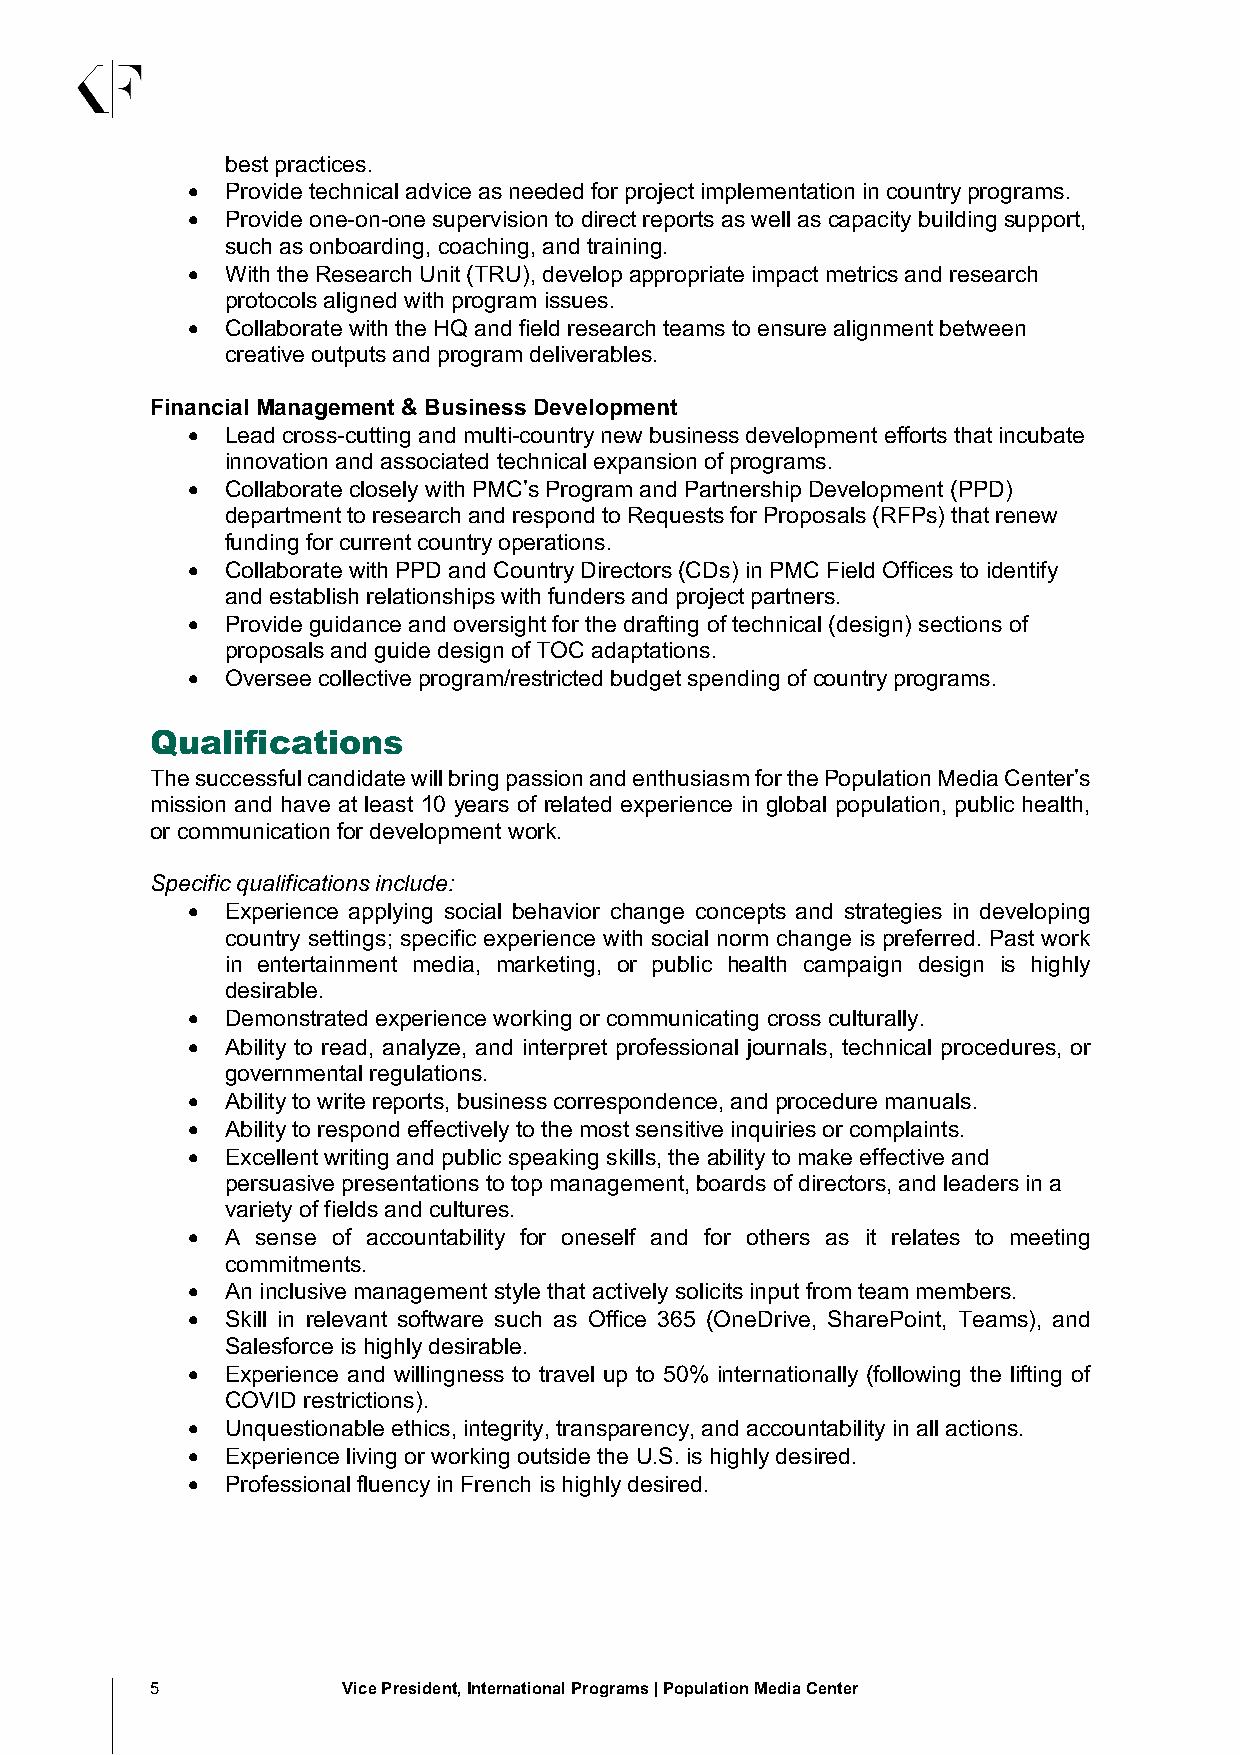
best practices.
 •  Provide technical advice as needed for project implementation in country programs.
 •  Provide one-on-one supervision to direct reports as well as capacity building support,
 such as onboarding, coaching, and training.
 •  With the Research Unit (TRU), develop appropriate impact metrics and research
 protocols aligned with program issues.
 •  Collaborate with the HQ and field research teams to ensure alignment between
 creative outputs and program deliverables.
 Financial Management & Business Development
 •  Lead cross-cutting and multi-country new business development efforts that incubate
 innovation and associated technical expansion of programs.
 •  Collaborate closely with PMC’s Program and Partnership Development (PPD)
 department to research and respond to Requests for Proposals (RFPs) that renew
 funding for current country operations.
 •  Collaborate with PPD and Country Directors (CDs) in PMC Field Offices to identify
 and establish relationships with funders and project partners.
 •  Provide guidance and oversight for the drafting of technical (design) sections of
 proposals and guide design of TOC adaptations.
 •  Oversee collective program/restricted budget spending of country programs.
 Qualifications
 The successful candidate will bring passion and enthusiasm for the Population Media Center’s
 mission and have at least 10 years of related experience in global population, public health,
 or communication for development work.
 Specific qualifications include:
 •  Experience applying social behavior change concepts and strategies in developing
 country settings; specific experience with social norm change is preferred. Past work
 in entertainment media, marketing, or public health campaign design is highly
 desirable.
 •  Demonstrated experience working or communicating cross culturally.
 •  Ability to read, analyze, and interpret professional journals, technical procedures, or
 governmental regulations.
 •  Ability to write reports, business correspondence, and procedure manuals.
 •  Ability to respond effectively to the most sensitive inquiries or complaints.
 •  Excellent writing and public speaking skills, the ability to make effective and
 persuasive presentations to top management, boards of directors, and leaders in a
 variety of fields and cultures.
 •  A sense of accountability for oneself and for others as it relates to meeting
 commitments.
 •  An inclusive management style that actively solicits input from team members.
 •  Skill in relevant software such as Office 365 (OneDrive, SharePoint, Teams), and
 Salesforce is highly desirable.
 •  Experience and willingness to travel up to 50% internationally (following the lifting of
 COVID restrictions).
 •  Unquestionable ethics, integrity, transparency, and accountability in all actions.
 •  Experience living or working outside the U.S. is highly desired.
 •  Professional fluency in French is highly desired.
 5            Vice President, International Programs | Population Media Center